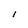
Character: l